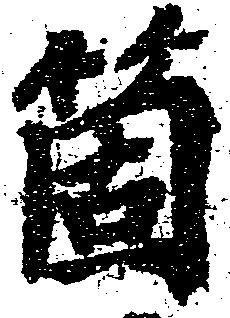
箇